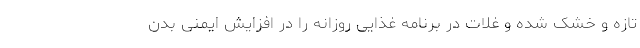
تازه و خشک شده و غلات در برنامه غذایی روزانه را در افزایش ایمنی بدن